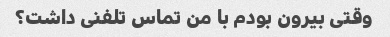
وقتی بیرون بودم با من تماس تلفنی داشت؟